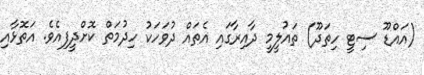
(އައްޑޫ ސިޓީ ހިތަދޫ) ތައުލީމީ ދާއިރާގައި އެތައް ދުވަހަކު ހިދުމަތް ކޮށްދީފިއެވެ. އަތޮޅާއި